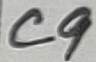
Text: C9